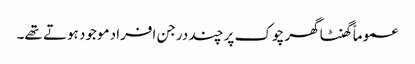
عموماً گھنٹا گھر چوک پر چند درجن افراد موجود ہوتے تھے۔